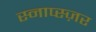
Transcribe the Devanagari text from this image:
स्नाप्स्ज़र